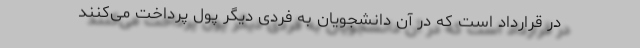
در قرارداد است که در آن دانشجویان به فردی دیگر پول پرداخت می‌کنند